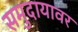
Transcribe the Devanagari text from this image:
समुदायावर